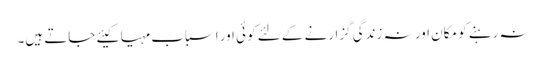
نہ رہنے کو مکان اور نہ زندگی گزارنے کے لئے کوئی اور اسباب مہیا کیئے جاتے ہیں۔